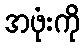
အဖုံးကို